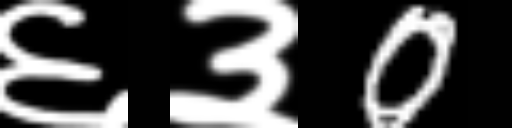
Text: ६३0